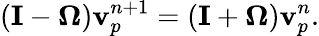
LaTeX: \left(\mathbf{I}-\mathbf{\Omega}\right)\mathbf{v}_{p}^{n+1}=\left(\mathbf{I}+\mathbf{\Omega}\right)\mathbf{v}_{p}^{n}.